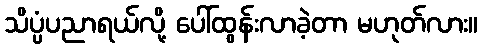
သိပ္ပံပညာရယ်လို့ ပေါ်ထွန်းလာခဲ့တာ မဟုတ်လား။